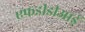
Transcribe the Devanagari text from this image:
एफडीडीआई